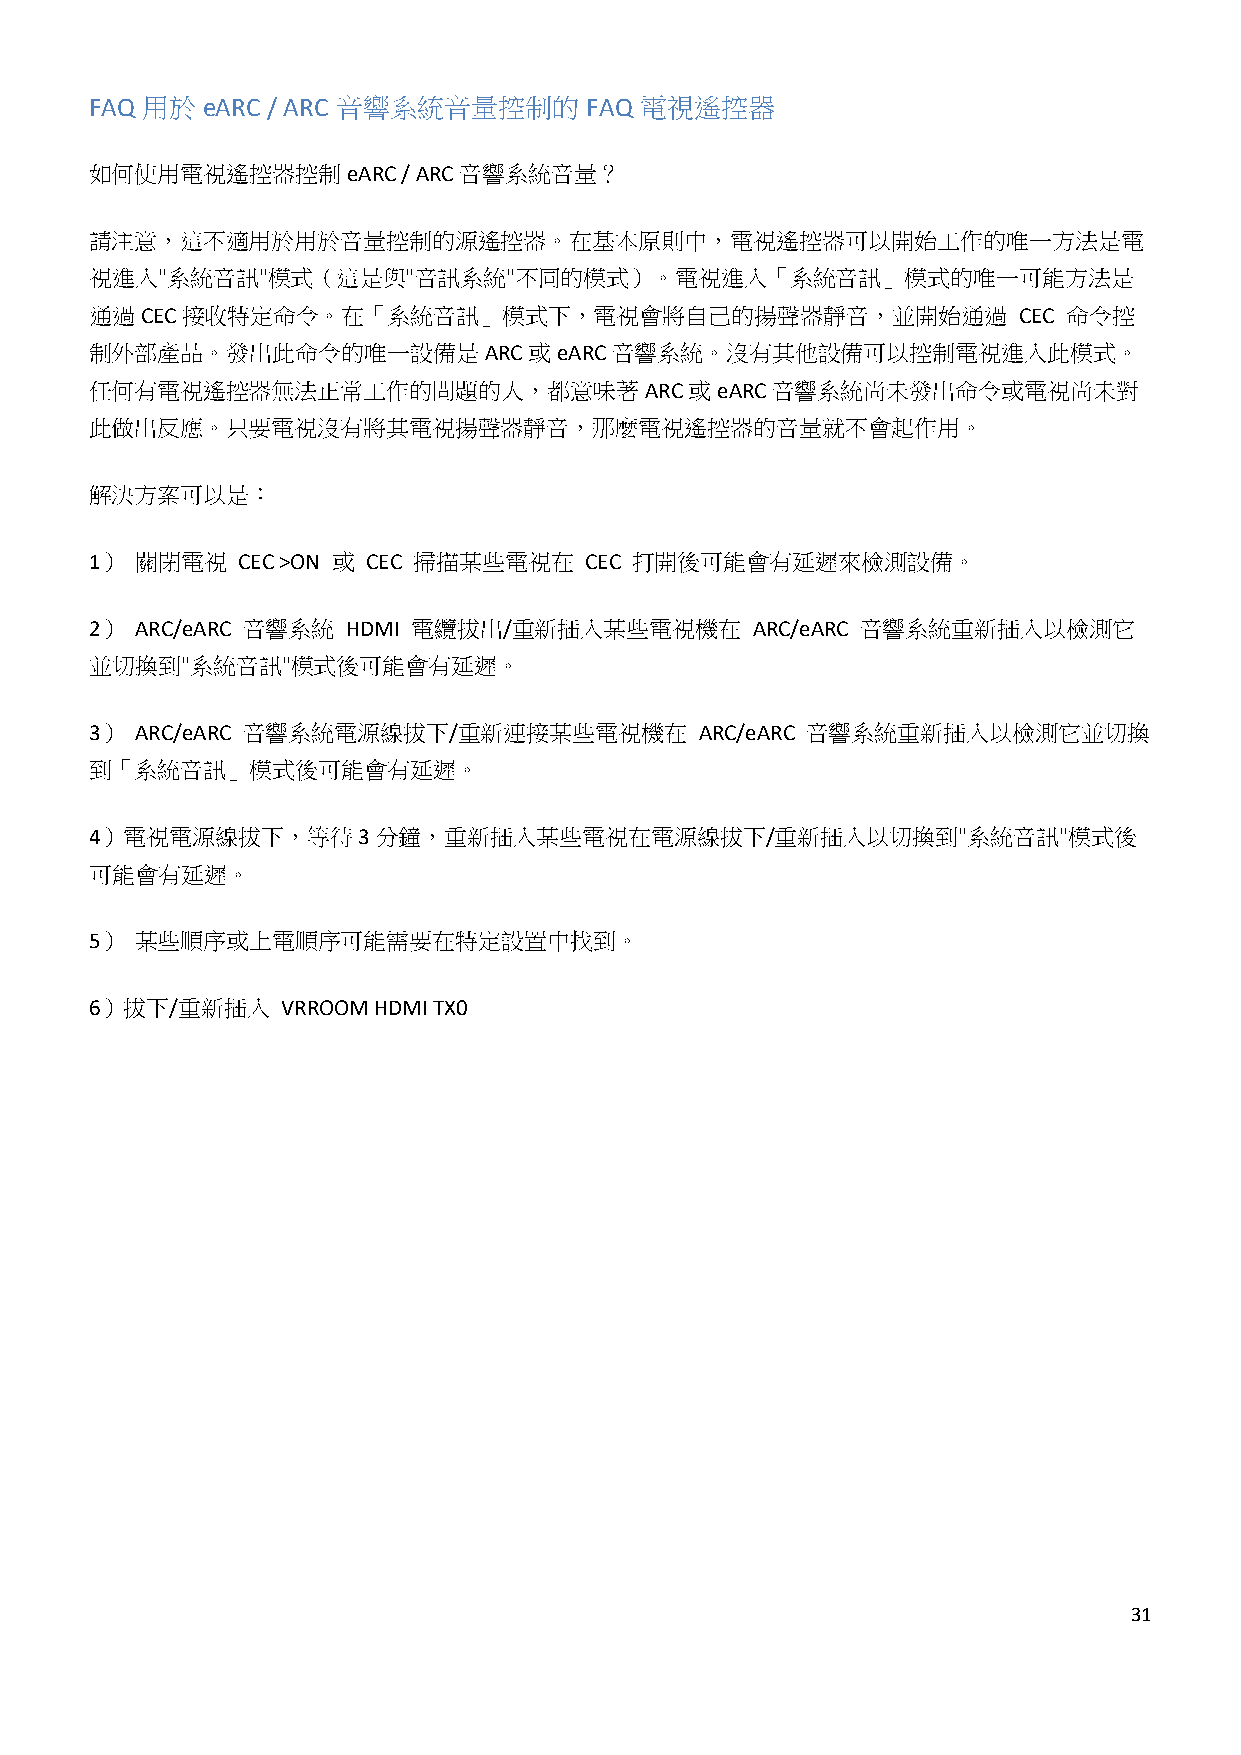
FAQ 用於 eARC / ARC 音響系統音量控制的      FAQ 電視遙控器
 如何使用電視遙控器控制eARC      / ARC音響系統音量？
 請注意，這不適用於用於音量控制的源遙控器。在基本原則中，電視遙控器可以開始工作的唯一方法是電
 視進入"系統音訊"模式（這是與"音訊系統"不同的模式）。電視進入「系統音訊」模式的唯一可能方法是
 通過CEC接收特定命令。在「系統音訊」模式下，電視會將自己的揚聲器靜音，並開始通過                    CEC 命令控
 制外部產品。發出此命令的唯一設備是ARC或eARC音響系統。沒有其他設備可以控制電視進入此模式。
 任何有電視遙控器無法正常工作的問題的人，都意味著ARC或eARC音響系統尚未發出命令或電視尚未對
 此做出反應。只要電視沒有將其電視揚聲器靜音，那麼電視遙控器的音量就不會起作用。
 解決方案可以是：
 1） 關閉電視   CEC >ON 或 CEC 掃描某些電視在  CEC 打開後可能會有延遲來檢測設備。
 2） ARC/eARC 音響系統 HDMI 電纜拔出/重新插入某些電視機在       ARC/eARC 音響系統重新插入以檢測它
 並切換到"系統音訊"模式後可能會有延遲。
 3） ARC/eARC 音響系統電源線拔下/重新連接某些電視機在        ARC/eARC 音響系統重新插入以檢測它並切換
 到「系統音訊」模式後可能會有延遲。
 4）電視電源線拔下，等待3分鐘，重新插入某些電視在電源線拔下/重新插入以切換到"系統音訊"模式後
 可能會有延遲。
 5） 某些順序或上電順序可能需要在特定設置中找到。
 6）拔下/重新插入    VRROOM HDMI TX0
 31